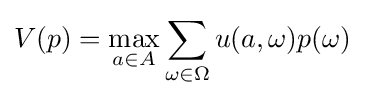
V(p)={\underset {a\in A}{\operatorname {max} }}\sum _{\omega \in \Omega }u(a,\omega )p(\omega )